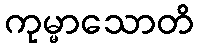
ကုမ္မာသောတိ